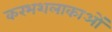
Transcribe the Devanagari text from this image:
करभशलाकाओं